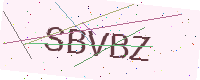
Text: SBVBZ